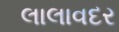
લાલાવદર